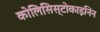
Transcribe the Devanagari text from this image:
कोलिसिस्टोकाइनिन